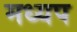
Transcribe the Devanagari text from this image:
मध्यप